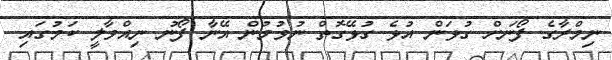
ނިމްރާގެ ފޯނަށް ގުޅަން އުޅެ ގުޅޭގޮތް ނުވުމުން އޭނާ ފޯނު ނިއްވާލީ ކަމުގައި